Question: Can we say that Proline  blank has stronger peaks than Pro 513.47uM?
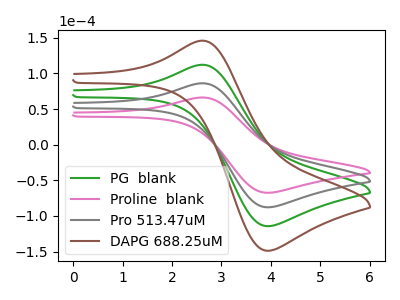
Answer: <think>The green curve "PG  blank" has an anodic peak at (2.65V, 172.20uA) and a cathodic peak at (3.95V, -175.75uA). The pink curve "Proline  blank" has an anodic peak at (2.65V, 66.15uA) and a cathodic peak at (3.95V, -67.55uA). The gray curve "Pro 513.47uM" has an anodic peak at (2.65V, 86.10uA) and a cathodic peak at (3.95V, -87.90uA). The brown curve "DAPG 688.25uM" has an anodic peak at (2.65V, 258.35uA) and a cathodic peak at (3.95V, -263.65uA).</think>
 <answer>Every peak in "Proline  blank" is lower than every peak in "Pro 513.47uM".</answer>
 <eval>lower</eval>